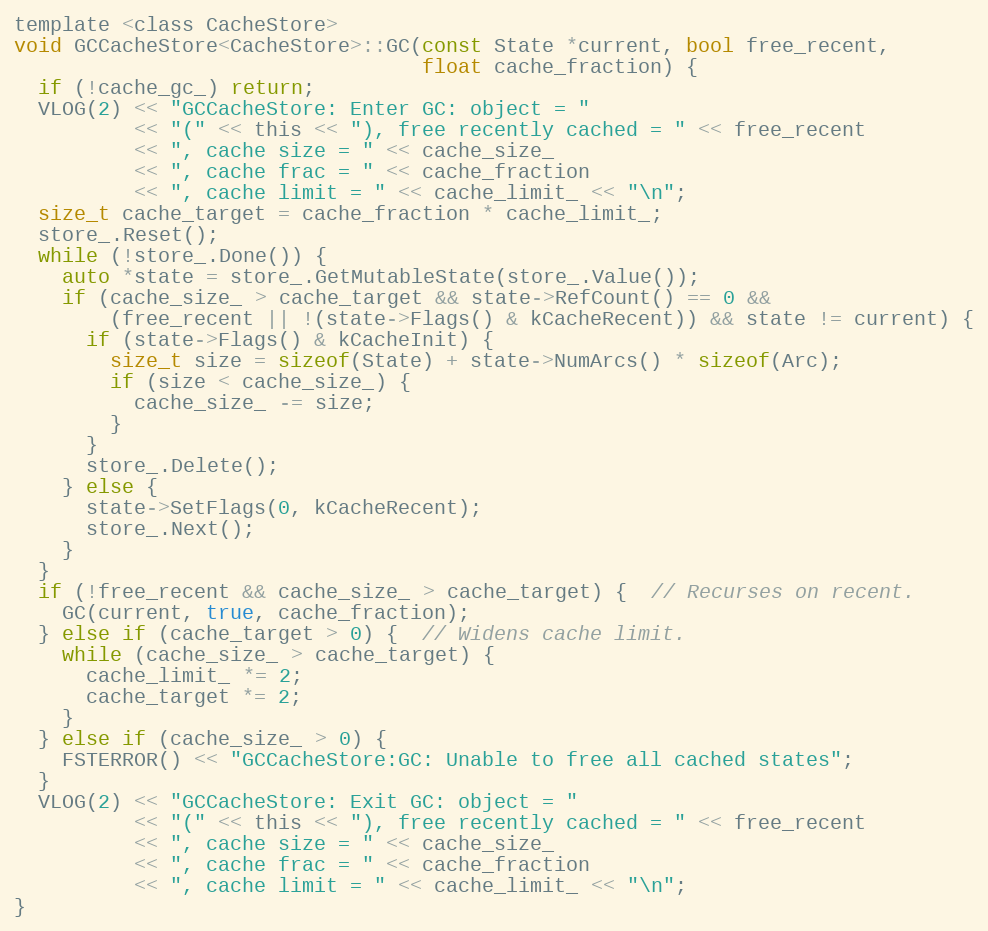
Language: C
template <class CacheStore>
void GCCacheStore<CacheStore>::GC(const State *current, bool free_recent,
                                  float cache_fraction) {
  if (!cache_gc_) return;
  VLOG(2) << "GCCacheStore: Enter GC: object = "
          << "(" << this << "), free recently cached = " << free_recent
          << ", cache size = " << cache_size_
          << ", cache frac = " << cache_fraction
          << ", cache limit = " << cache_limit_ << "\n";
  size_t cache_target = cache_fraction * cache_limit_;
  store_.Reset();
  while (!store_.Done()) {
    auto *state = store_.GetMutableState(store_.Value());
    if (cache_size_ > cache_target && state->RefCount() == 0 &&
        (free_recent || !(state->Flags() & kCacheRecent)) && state != current) {
      if (state->Flags() & kCacheInit) {
        size_t size = sizeof(State) + state->NumArcs() * sizeof(Arc);
        if (size < cache_size_) {
          cache_size_ -= size;
        }
      }
      store_.Delete();
    } else {
      state->SetFlags(0, kCacheRecent);
      store_.Next();
    }
  }
  if (!free_recent && cache_size_ > cache_target) {  // Recurses on recent.
    GC(current, true, cache_fraction);
  } else if (cache_target > 0) {  // Widens cache limit.
    while (cache_size_ > cache_target) {
      cache_limit_ *= 2;
      cache_target *= 2;
    }
  } else if (cache_size_ > 0) {
    FSTERROR() << "GCCacheStore:GC: Unable to free all cached states";
  }
  VLOG(2) << "GCCacheStore: Exit GC: object = "
          << "(" << this << "), free recently cached = " << free_recent
          << ", cache size = " << cache_size_
          << ", cache frac = " << cache_fraction
          << ", cache limit = " << cache_limit_ << "\n";
}